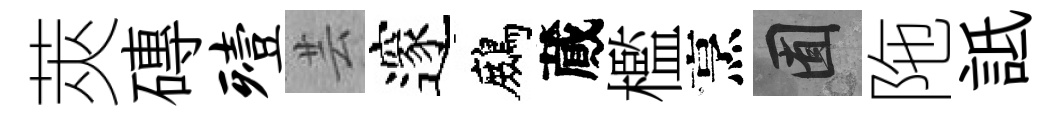
莢磚殪芸邃鷓蕆檻烹囿陁詆